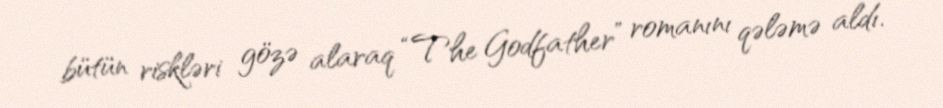
bütün riskləri gözə alaraq “The Godfather” romanını qələmə aldı.